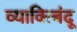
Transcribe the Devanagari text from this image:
व्याक्त्बिंदू